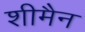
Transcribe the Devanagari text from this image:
शीमैन